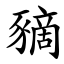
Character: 豴